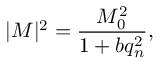
| { \cal M } | ^ { 2 } = \frac { M _ { 0 } ^ { 2 } } { 1 + b q _ { n } ^ { 2 } } ,